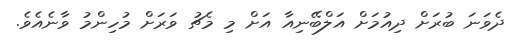
ދެވަނަ ބުރަށް ދިއުމަށް އަލްބޭނިއާ އަށް މި މެޗު ވަރަށް މުހިންމު ވާނެއެވެ.